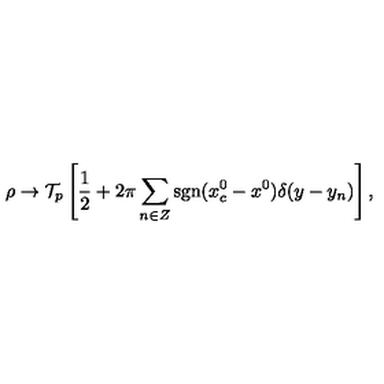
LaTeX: \rho \to { \cal T } _ { p } \left[ { \frac { 1 } { 2 } } + 2 \pi \sum _ { n \in Z } \mathrm { s g n } ( x _ { c } ^ { 0 } - x ^ { 0 } ) \delta ( y - y _ { n } ) \right] ,